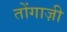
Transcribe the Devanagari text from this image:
तोंगाज़ी